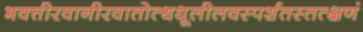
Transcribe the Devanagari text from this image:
भवत्तीरवानीरवातोत्थधूलीलवस्पर्शतस्तत्क्षणं